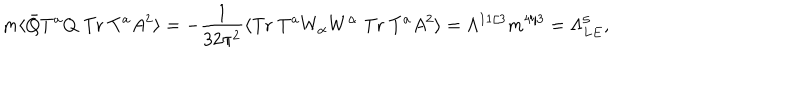
m \langle \bar { Q } T ^ { a } Q \; \mathrm { T r } \; T ^ { a } A ^ { 2 } \rangle = - \frac { 1 } { 3 2 \pi ^ { 2 } } \langle \mathrm { T r } \; T ^ { a } W _ { \alpha } W ^ { \alpha } \; \mathrm { T r } \; T ^ { a } A ^ { 2 } \rangle = \Lambda ^ { 1 1 / 3 } m ^ { 4 / 3 } = \Lambda _ { L E } ^ { 5 } ,